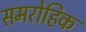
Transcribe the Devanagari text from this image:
समरोहिक